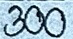
300